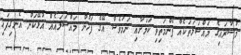
މުސާރައިގެ މައްސަލަތަކެއް ފެންމަތިވި ކަމަށާއި ނަމަވެސް އޭގެ ފަހުން މައްސަލައެއް އުޅޭކަން އެނގިފައި